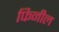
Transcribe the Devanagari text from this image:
फिनील